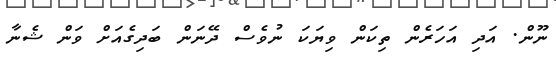
ނޫން. އަދި އަހަރެން ތިކަން ވިޔަކަ ނުވެސް ދޭނަން ބަދިގެއަށް ވަން ޝެނާ